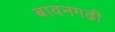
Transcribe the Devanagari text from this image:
बावनगढी